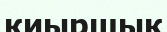
киыршық